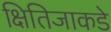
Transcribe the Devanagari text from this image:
क्षितिजाकडे